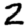
Digit: 2